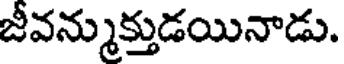
జీవన్ముక్తుడయినాడు.